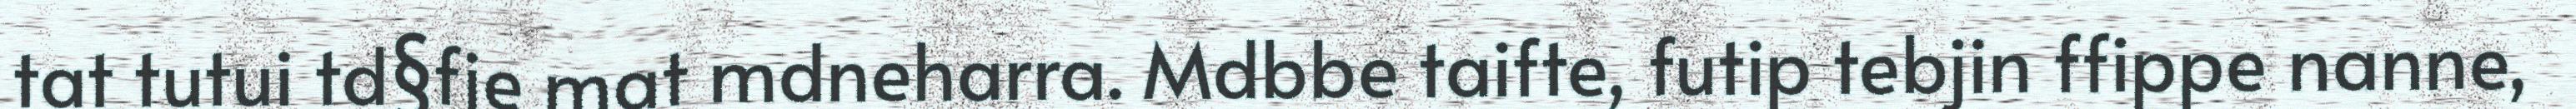
tat tutui td§fje mat mdneharra. Mdbbe taifte, futip tebjin ffippe nanne,